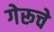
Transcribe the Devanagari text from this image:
गेरूचे